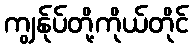
ကျွန်ုပ်တို့ကိုယ်တိုင်